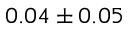
0 . 0 4 \pm 0 . 0 5